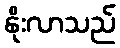
နိုးလာသည်